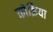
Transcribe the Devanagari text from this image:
कोझिया